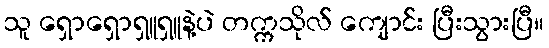
သူ ရှောရှောရှူရှူနဲ့ပဲ တက္ကသိုလ် ကျောင်း ပြီးသွားပြီ။